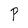
Character: P